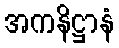
အကနိဋ္ဌာနံ